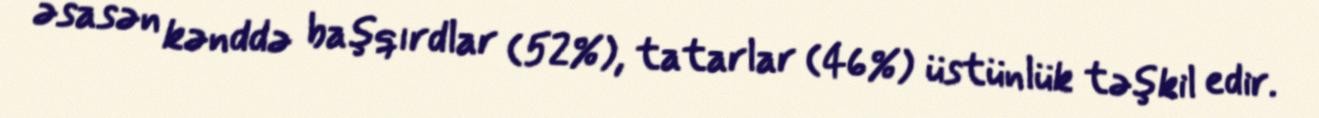
əsasən kənddə başqırdlar (52%), tatarlar (46%) üstünlük təşkil edir.